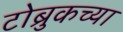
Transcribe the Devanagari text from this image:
टोब्रुकच्या